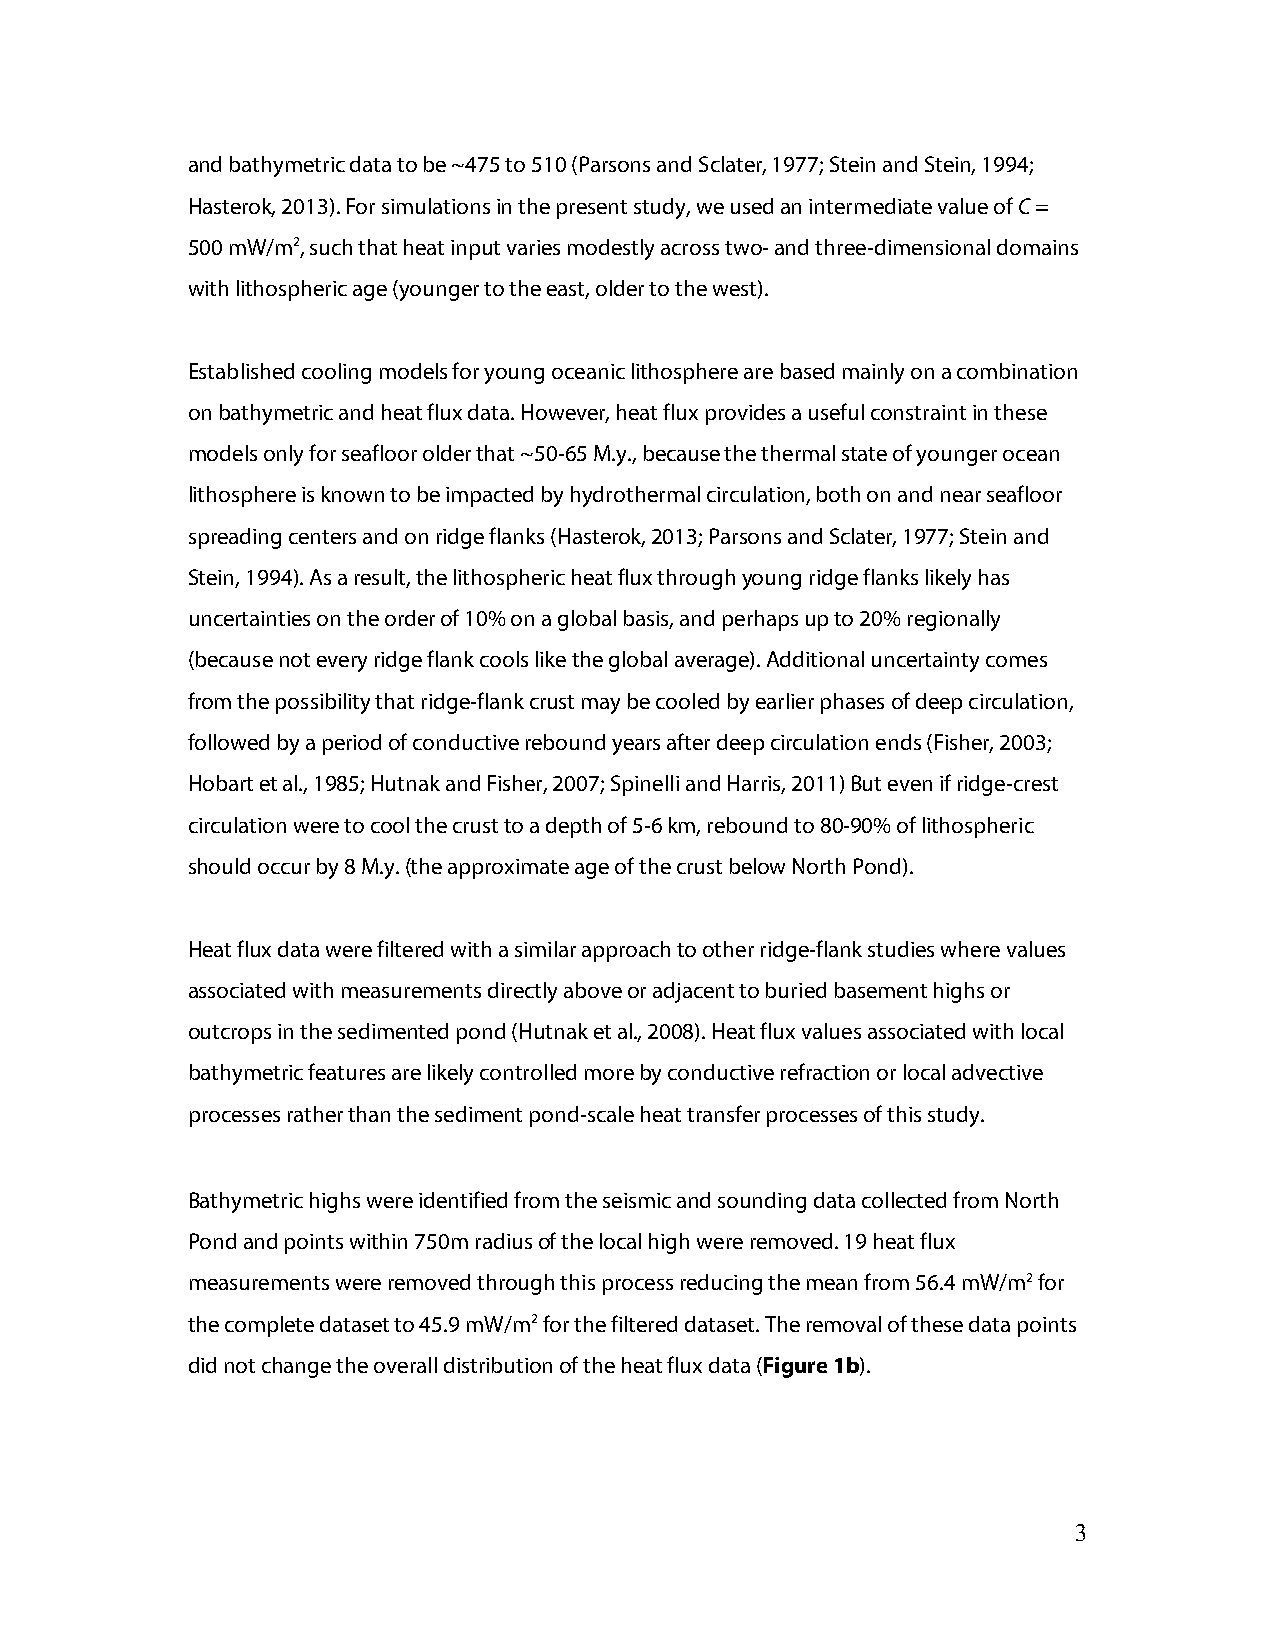
and bathymetric data to be ~475 to 510 (Parsons and Sclater, 1977; Stein and Stein, 1994;
 Hasterok, 2013). For simulations in the present study, we used an intermediate value of C =
 500 mW/m2, such that heat input varies modestly across two- and three-dimensional domains
 with lithospheric age (younger to the east, older to the west).
 Established cooling models for young oceanic lithosphere are based mainly on a combination
 on bathymetric and heat flux data. However, heat flux provides a useful constraint in these
 models only for seafloor older that ~50-65 M.y., because the thermal state of younger ocean
 lithosphere is known to be impacted by hydrothermal circulation, both on and near seafloor
 spreading centers and on ridge flanks (Hasterok, 2013; Parsons and Sclater, 1977; Stein and
 Stein, 1994). As a result, the lithospheric heat flux through young ridge flanks likely has
 uncertainties on the order of 10% on a global basis, and perhaps up to 20% regionally
 (because not every ridge flank cools like the global average). Additional uncertainty comes
 from the possibility that ridge-flank crust may be cooled by earlier phases of deep circulation,
 followed by a period of conductive rebound years after deep circulation ends (Fisher, 2003;
 Hobart et al., 1985; Hutnak and Fisher, 2007; Spinelli and Harris, 2011) But even if ridge-crest
 circulation were to cool the crust to a depth of 5-6 km, rebound to 80-90% of lithospheric
 should occur by 8 M.y. (the approximate age of the crust below North Pond).
 Heat flux data were filtered with a similar approach to other ridge-flank studies where values
 associated with measurements directly above or adjacent to buried basement highs or
 outcrops in the sedimented pond (Hutnak et al., 2008). Heat flux values associated with local
 bathymetric features are likely controlled more by conductive refraction or local advective
 processes rather than the sediment pond-scale heat transfer processes of this study.
 Bathymetric highs were identified from the seismic and sounding data collected from North
 Pond and points within 750m radius of the local high were removed. 19 heat flux
 measurements were removed through this process reducing the mean from 56.4 mW/m2 for
 the complete dataset to 45.9 mW/m2 for the filtered dataset. The removal of these data points
 did not change the overall distribution of the heat flux data (Figure 1b).
 3